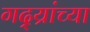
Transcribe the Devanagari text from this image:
गद्य्रांच्या